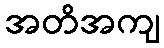
အတိအကျ